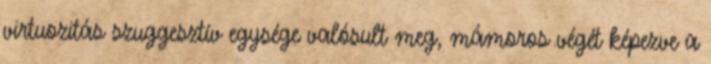
virtuozitás szuggesztív egysége valósult meg, mámoros végét képezve a